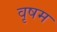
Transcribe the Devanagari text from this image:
वृषम